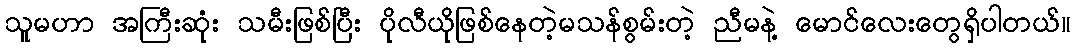
သူမဟာ အကြီးဆုံး သမီးဖြစ်ပြီး ပိုလီယိုဖြစ်နေတဲ့မသန်စွမ်းတဲ့ ညီမနဲ့ မောင်လေးတွေရှိပါတယ်။